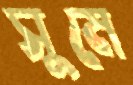
সুমে